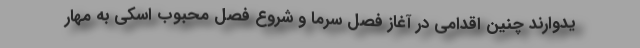
یدوارند چنین اقدامی در آغاز فصل سرما و شروع فصل محبوب اسکی به مهار